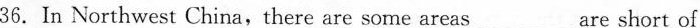
36.In Northwest China,there are some areas___are short of